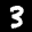
Label: 3